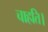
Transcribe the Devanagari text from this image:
चाहति।